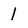
Character: 1